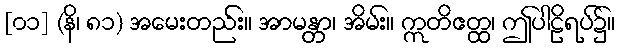
[၀၁] (နိ၊ ၈၁) အမေးတည်း။ အာမန္တာ၊ အိမ်း။ ဣတိဧတ္ထ၊ ဤပါဠိရပ်၌။